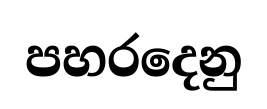
පහරදෙනු